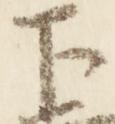
下